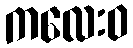
ကလေးဝ